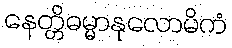
နေတ္တိဓမ္မာနုလောမိကံ